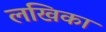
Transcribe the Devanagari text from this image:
लखिका